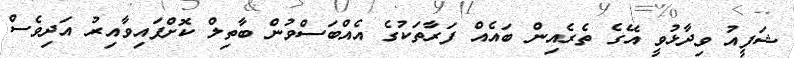
ޝަފީއު ވިދާޅުވީ އޭގެ ތެރެއިން ބައެއް ފަރާތަކުގެ އެއްބަސްވުން ބާތިލް ކޮށްފައިވާއިރު އަދިވެސް